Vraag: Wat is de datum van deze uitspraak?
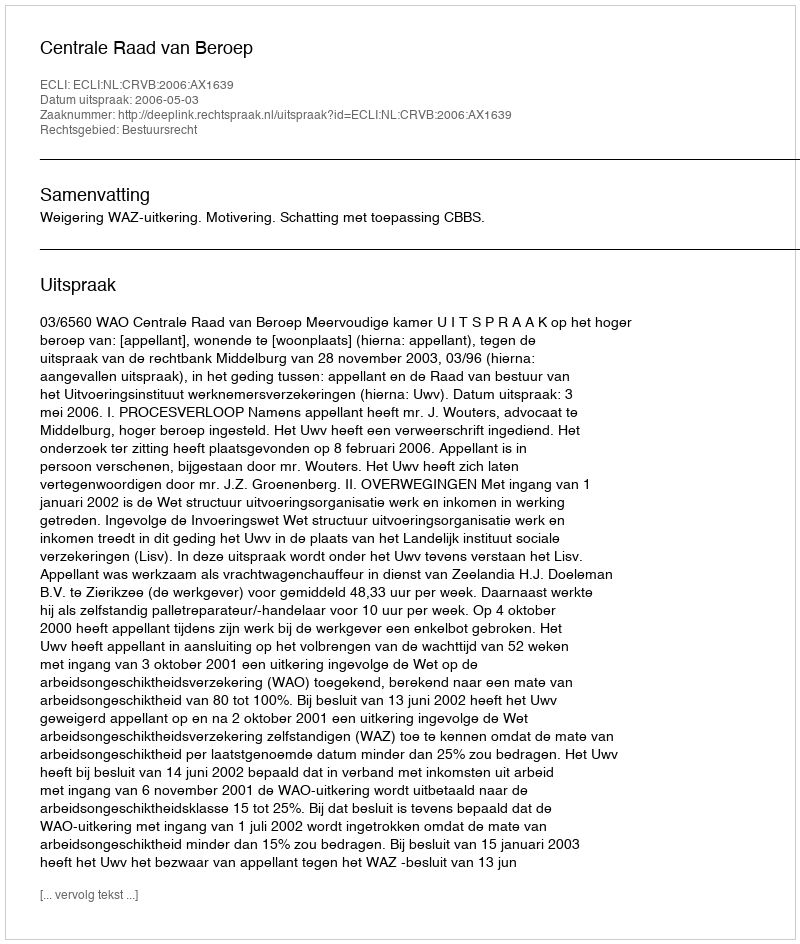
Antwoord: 2006-05-03